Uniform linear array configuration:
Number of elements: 16
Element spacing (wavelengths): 0.5
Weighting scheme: binomial
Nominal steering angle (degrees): -30
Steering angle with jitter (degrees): -29.916
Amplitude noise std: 0.05
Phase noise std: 0.05

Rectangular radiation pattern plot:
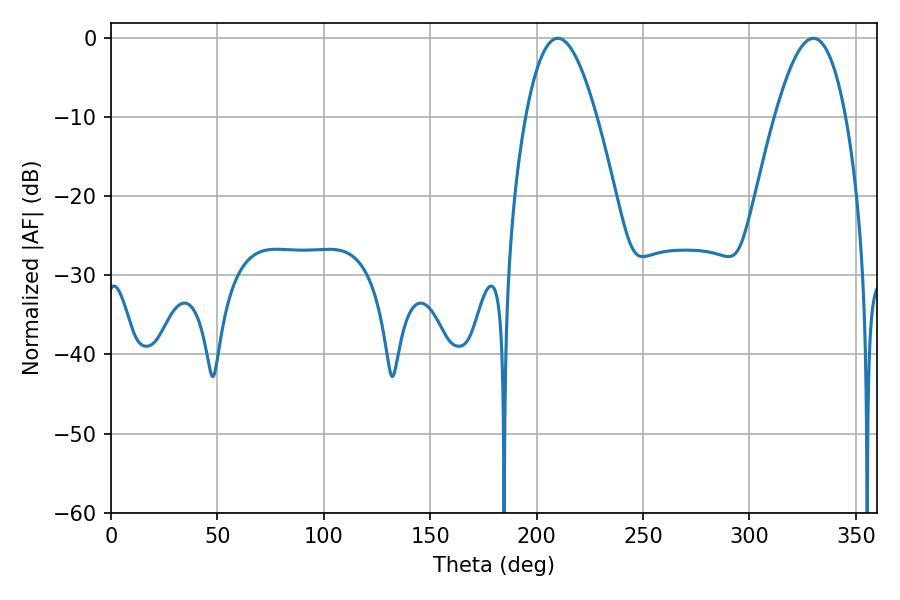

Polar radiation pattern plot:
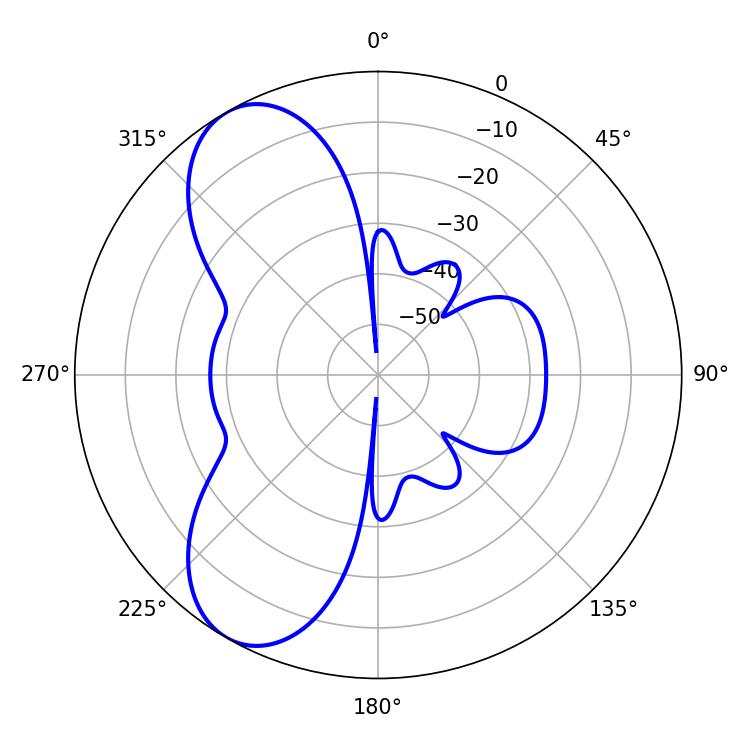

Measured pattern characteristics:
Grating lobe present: FALSE
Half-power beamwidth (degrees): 18
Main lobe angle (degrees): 209.88